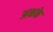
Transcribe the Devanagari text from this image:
अक्षके